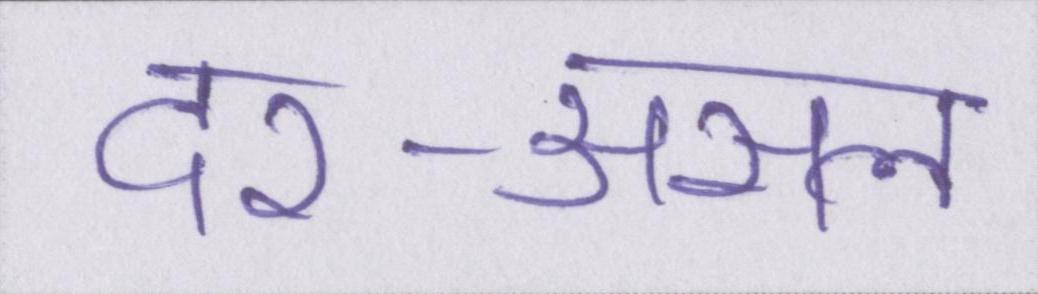
दर-असल